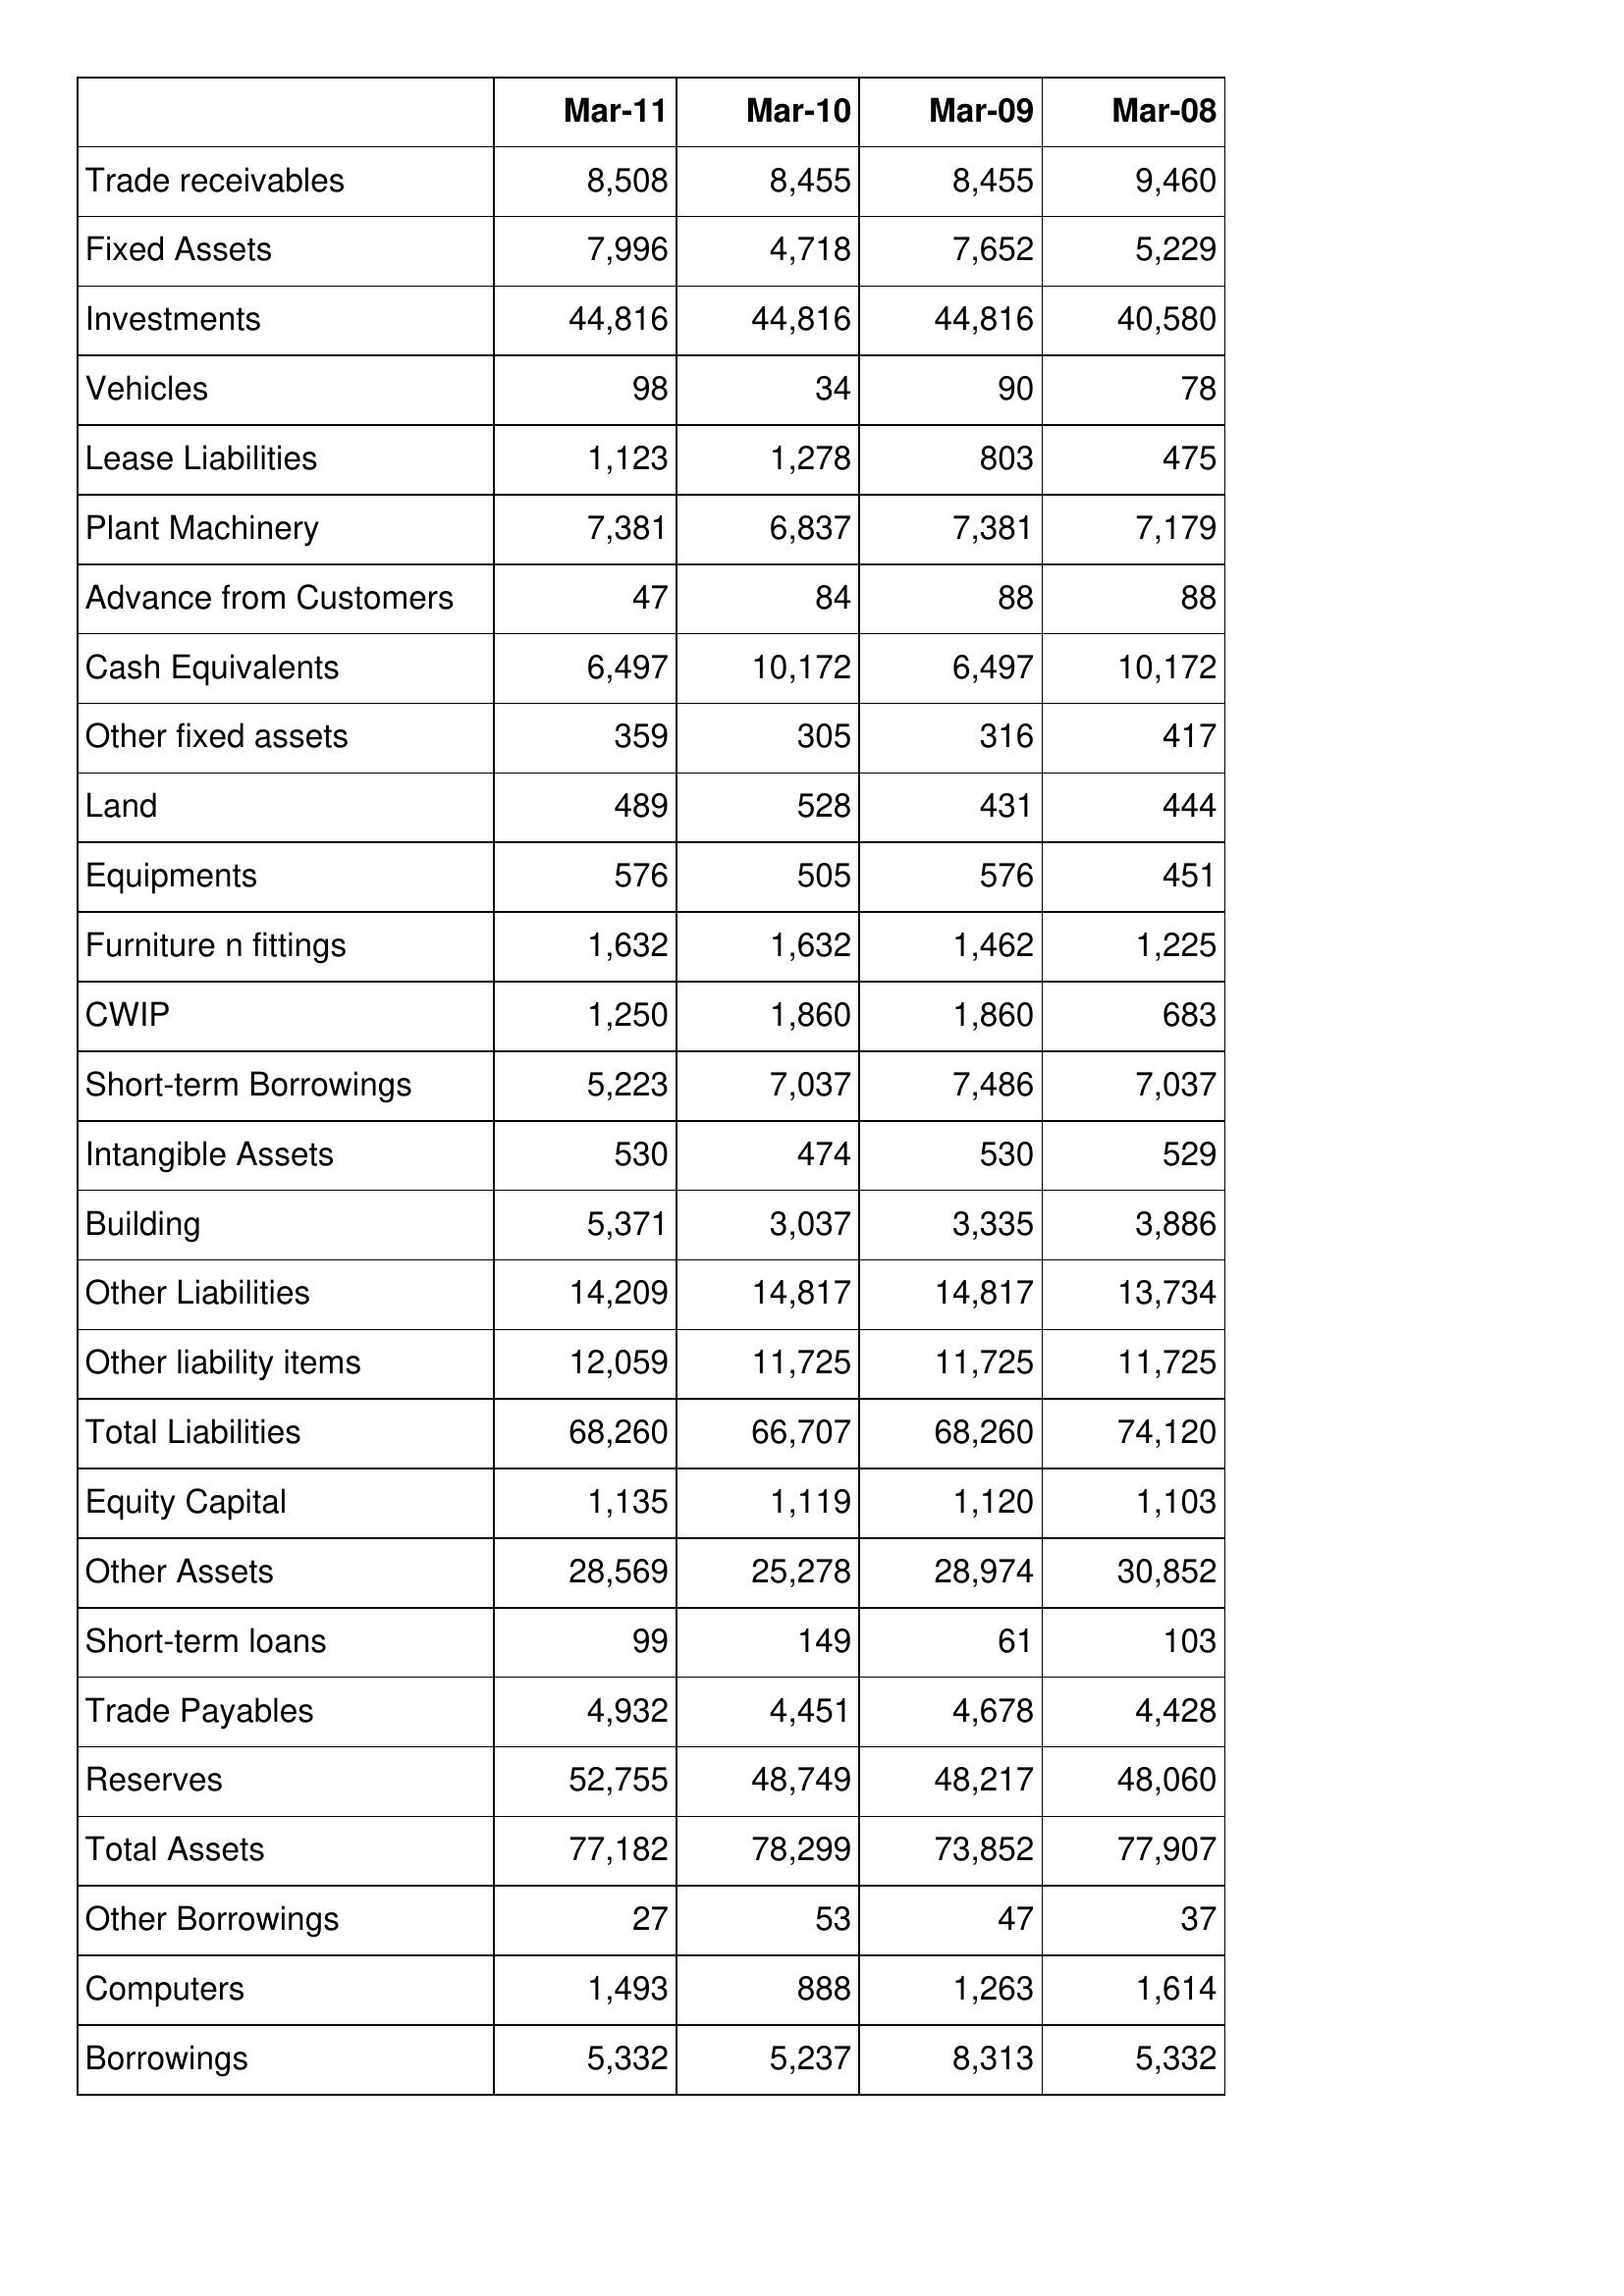
Mar-11: Balance Sheet: Trade receivables: 8,508
Fixed Assets: 7,996
Investments: 44,816
Vehicles: 98
Lease Liabilities: 1,123
Plant Machinery: 7,381
Advance from Customers: 47
Cash Equivalents: 6,497
Other fixed assets: 359
Land: 489
Equipments: 576
Furniture n fittings: 1,632
CWIP: 1,250
Short-term Borrowings: 5,223
Intangible Assets: 530
Building: 5,371
Other Liabilities: 14,209
Other liability items: 12,059
Total Liabilities: 68,260
Equity Capital: 1,135
Other Assets: 28,569
Short-term loans: 99
Trade Payables: 4,932
Reserves: 52,755
Total Assets: 77,182
Other Borrowings: 27
Computers: 1,493
Borrowings: 5,332
Mar-10: Balance Sheet: Trade receivables: 8,455
Fixed Assets: 4,718
Investments: 44,816
Vehicles: 34
Lease Liabilities: 1,278
Plant Machinery: 6,837
Advance from Customers: 84
Cash Equivalents: 10,172
Other fixed assets: 305
Land: 528
Equipments: 505
Furniture n fittings: 1,632
CWIP: 1,860
Short-term Borrowings: 7,037
Intangible Assets: 474
Building: 3,037
Other Liabilities: 14,817
Other liability items: 11,725
Total Liabilities: 66,707
Equity Capital: 1,119
Other Assets: 25,278
Short-term loans: 149
Trade Payables: 4,451
Reserves: 48,749
Total Assets: 78,299
Other Borrowings: 53
Computers: 888
Borrowings: 5,237
Mar-09: Balance Sheet: Trade receivables: 8,455
Fixed Assets: 7,652
Investments: 44,816
Vehicles: 90
Lease Liabilities: 803
Plant Machinery: 7,381
Advance from Customers: 88
Cash Equivalents: 6,497
Other fixed assets: 316
Land: 431
Equipments: 576
Furniture n fittings: 1,462
CWIP: 1,860
Short-term Borrowings: 7,486
Intangible Assets: 530
Building: 3,335
Other Liabilities: 14,817
Other liability items: 11,725
Total Liabilities: 68,260
Equity Capital: 1,120
Other Assets: 28,974
Short-term loans: 61
Trade Payables: 4,678
Reserves: 48,217
Total Assets: 73,852
Other Borrowings: 47
Computers: 1,263
Borrowings: 8,313
Mar-08: Balance Sheet: Trade receivables: 9,460
Fixed Assets: 5,229
Investments: 40,580
Vehicles: 78
Lease Liabilities: 475
Plant Machinery: 7,179
Advance from Customers: 88
Cash Equivalents: 10,172
Other fixed assets: 417
Land: 444
Equipments: 451
Furniture n fittings: 1,225
CWIP: 683
Short-term Borrowings: 7,037
Intangible Assets: 529
Building: 3,886
Other Liabilities: 13,734
Other liability items: 11,725
Total Liabilities: 74,120
Equity Capital: 1,103
Other Assets: 30,852
Short-term loans: 103
Trade Payables: 4,428
Reserves: 48,060
Total Assets: 77,907
Other Borrowings: 37
Computers: 1,614
Borrowings: 5,332